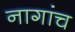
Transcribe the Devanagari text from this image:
नागांच